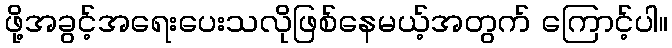
ဖို့အခွင့်အရေးပေးသလိုဖြစ်နေမယ့်အတွက် ကြောင့်ပါ။